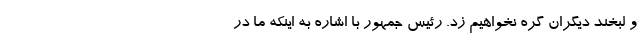
و لبخند دیگران گره نخواهیم زد. رئیس جمهور با اشاره به اینکه ما در